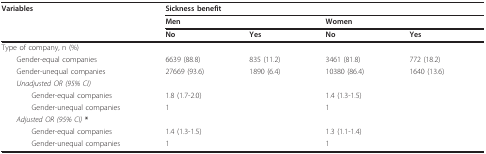
| Variables | <COLSPAN=4> Sickness benefit |
 |  | <COLSPAN=2> Men | <COLSPAN=2> Women |
 |  | No | Yes | No | Yes |
 | --- | --- | --- | --- | --- |
 | Type of company, n (%) |  |  |  |  |
 | Gender-equal companies | 6639 (88.8) | 835 (11.2) | 3461 (81.8) | 772 (18.2) |
 | Gender-unequal companies | 27669 (93.6) | 1890 (6.4) | 10380 (86.4) | 1640 (13.6) |
 | Unadjusted OR (95% CI) |  |  |  |  |
 | Gender-equal companies | <COLSPAN=2> 1.8 (1.7-2.0) | <COLSPAN=2> 1.4 (1.3-1.5) |
 | Gender-unequal companies | <COLSPAN=2> 1 | <COLSPAN=2> 1 |
 | Adjusted OR (95% CI) * |  |  |  |  |
 | Gender-equal companies | <COLSPAN=2> 1.4 (1.3-1.5) | <COLSPAN=2> 1.3 (1.1-1.4) |
 | Gender-unequal companies | <COLSPAN=2> 1 | <COLSPAN=2> 1 |